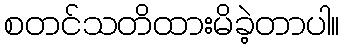
စတင်သတိထားမိခဲ့တာပါ။